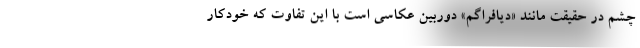
چشم در حقیقت مانند «دیافراگم» دوربین عکاسی است با این تفاوت که خودکار